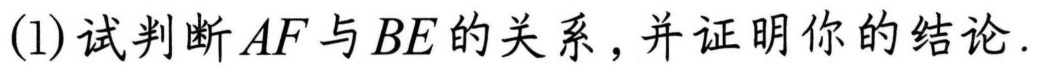
(1)试判断\(AF\)与\(BE\)的关系，并证明你的结论.